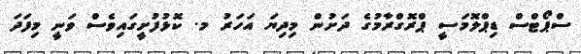
ސްޕޯޓްސް ޑިޕްލޮމަސީ ޕްރޮގްރާމުގެ ދަށުން މިދިޔަ އަހަރު މ. ކޮޅުފުށީގައިވެސް ވަނީ މިފަދަ